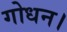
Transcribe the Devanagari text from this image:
गोधन।